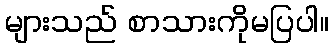
များသည် စာသားကိုမပြပါ။